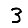
Digit: 3